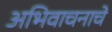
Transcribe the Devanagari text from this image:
अभिवाचनाचे